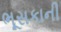
ભૂસકાની